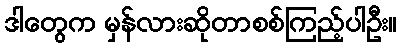
ဒါတွေက မှန်လားဆိုတာစစ်ကြည့်ပါဦး။